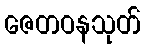
ဇေတဝနသုတ်